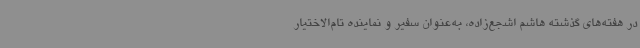
در هفته‌های گذشته هاشم اشجع‌زاده، به‌عنوان سفیر و نماینده تام‌الاختیار